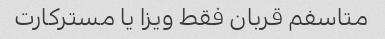
متاسفم قربان فقط ویزا یا مسترکارت